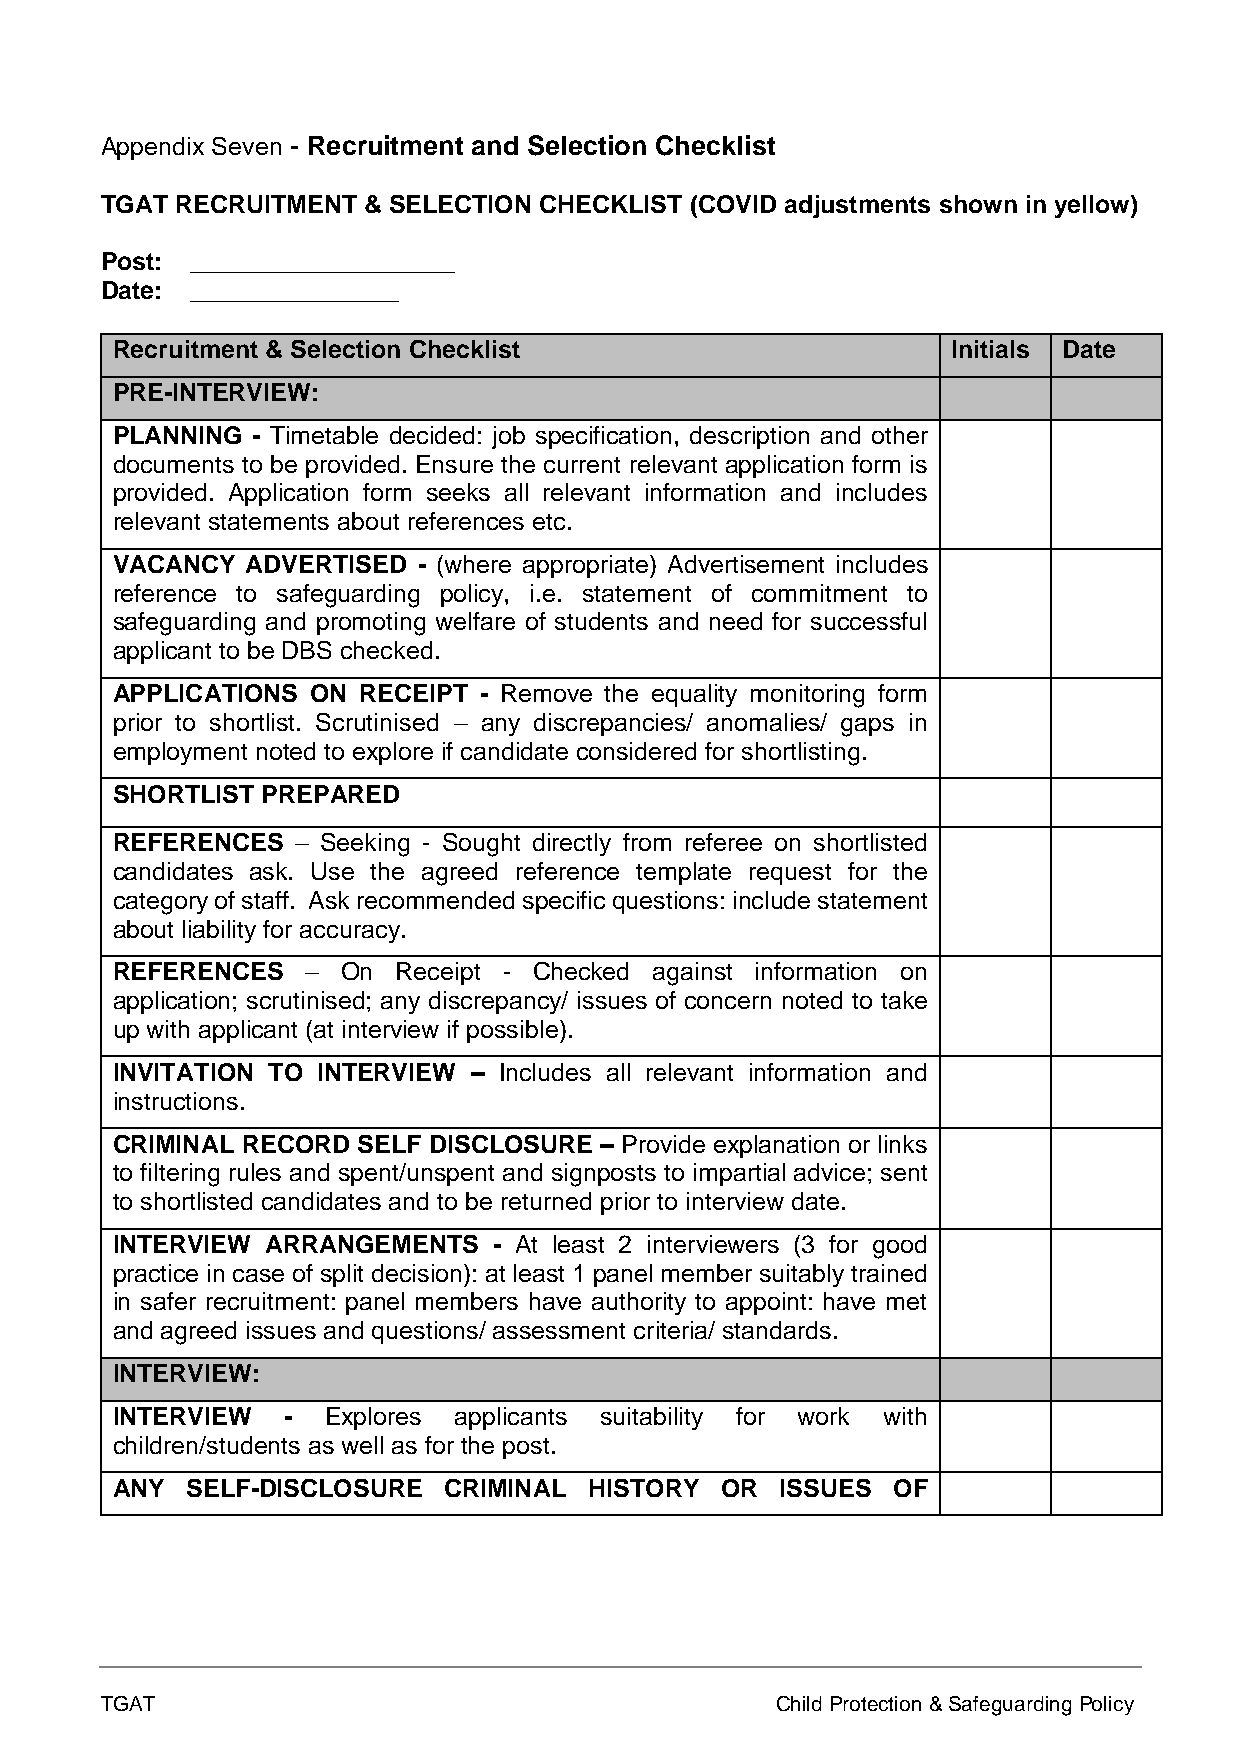
Appendix Seven - Recruitment and Selection Checklist
 TGAT RECRUITMENT & SELECTION CHECKLIST (COVID adjustments shown in yellow)
 Post: ___________________
 Date: _______________
 Recruitment & Selection Checklist                       Initials Date
 PRE-INTERVIEW:
 PLANNING  - Timetable decided: job specification, description and other
 documents to be provided. Ensure the current relevant application form is
 provided. Application form seeks all relevant information and includes
 relevant statements about references etc.
 VACANCY  ADVERTISED  - (where appropriate) Advertisement includes
 reference to safeguarding policy, i.e. statement of commitment to
 safeguarding and promoting welfare of students and need for successful
 applicant to be DBS checked.
 APPLICATIONS  ON RECEIPT - Remove the equality monitoring form
 prior to shortlist. Scrutinised – any discrepancies/ anomalies/ gaps in
 employment noted to explore if candidate considered for shortlisting.
 SHORTLIST PREPARED
 REFERENCES   – Seeking - Sought directly from referee on shortlisted
 candidates ask. Use the agreed reference template request for the
 category of staff. Ask recommended specific questions: include statement
 about liability for accuracy.
 REFERENCES   –  On Receipt - Checked against information on
 application; scrutinised; any discrepancy/ issues of concern noted to take
 up with applicant (at interview if possible).
 INVITATION TO INTERVIEW – Includes all relevant information and
 instructions.
 CRIMINAL RECORD  SELF DISCLOSURE – Provide explanation or links
 to filtering rules and spent/unspent and signposts to impartial advice; sent
 to shortlisted candidates and to be returned prior to interview date.
 INTERVIEW  ARRANGEMENTS   - At least 2 interviewers (3 for good
 practice in case of split decision): at least 1 panel member suitably trained
 in safer recruitment: panel members have authority to appoint: have met
 and agreed issues and questions/ assessment criteria/ standards.
 INTERVIEW:
 INTERVIEW   -  Explores applicants suitability for work with
 children/students as well as for the post.
 ANY  SELF-DISCLOSURE  CRIMINAL  HISTORY  OR  ISSUES OF
 TGAT                                        Child Protection & Safeguarding Policy